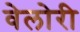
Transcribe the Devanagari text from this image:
वेलोरी